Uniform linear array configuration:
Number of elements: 24
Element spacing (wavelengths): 1
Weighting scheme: cosine
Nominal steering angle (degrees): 0
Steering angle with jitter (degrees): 0.1302
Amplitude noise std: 0.05
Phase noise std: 0.05

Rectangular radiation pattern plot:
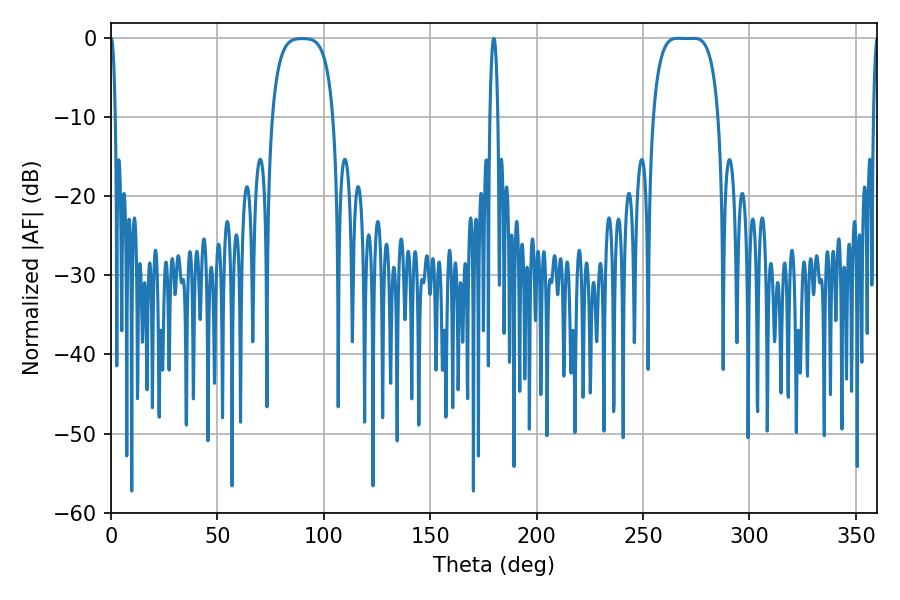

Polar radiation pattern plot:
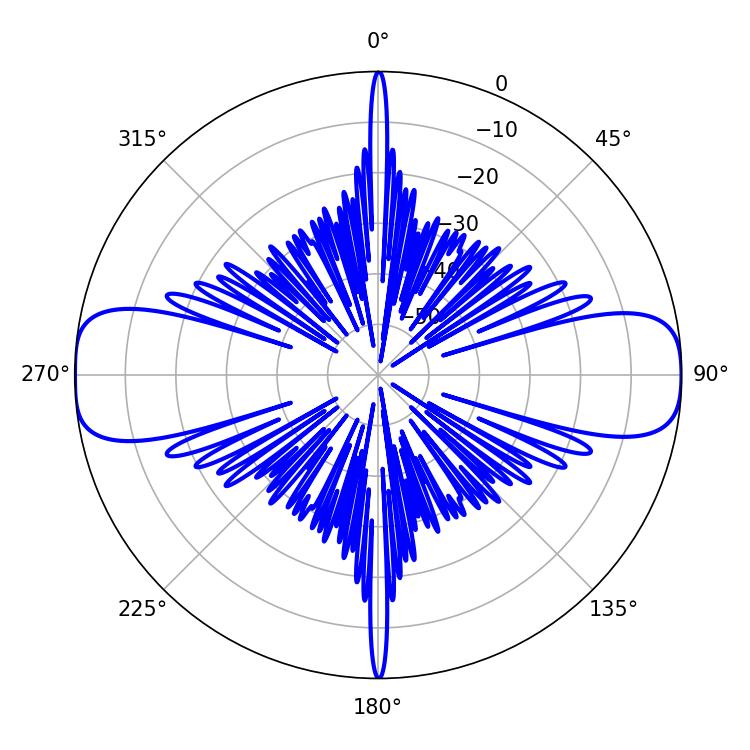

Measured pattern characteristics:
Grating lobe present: TRUE
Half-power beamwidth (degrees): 23.76
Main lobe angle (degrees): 266.22